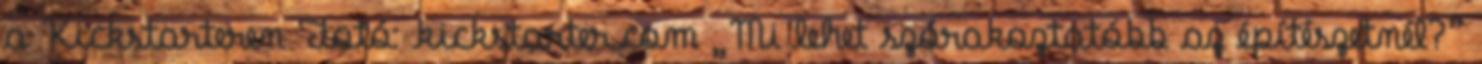
a Kickstarteren Fotó: kickstarter.com „Mi lehet szórakoztatóbb az építészetnél?”